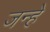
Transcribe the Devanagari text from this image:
जन्हे